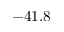
- 4 1 . 8